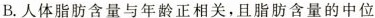
B.人体脂肪含量与年龄正相关，且脂肪含量的中位